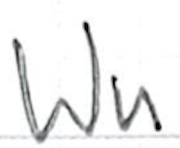
Text: Wu
Cross-out: clean
Writing tool: ballpoint